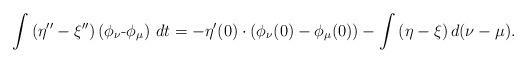
LaTeX: \begin{align*}\int\left(\eta''-\xi''\right)\left(\mbox{\ensuremath{\phi_{\nu}}-\ensuremath{\phi_{\mu}}}\right)\,dt=-\eta'(0)\cdot(\phi_{\nu}(0)-\phi_{\mu}(0))-\int\left(\eta-\xi\right)d(\nu-\mu).\end{align*}